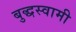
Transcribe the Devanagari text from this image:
बुद्धस्वामी